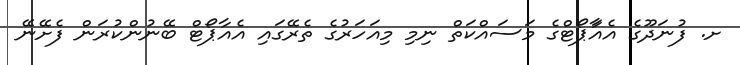
ށ. ފުނަދޫގެ އެއާަޕޯޓްގެ މަސައްކަތް ނިމި މިއަހަރުގެ ތެރޭގައި އެއާޕޯޓް ބޭނުންކުރަން ފެށޭނޭ